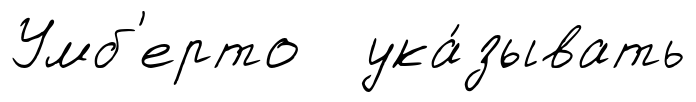
Умб'ерто ука́зывать